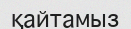
қайтамыз